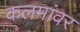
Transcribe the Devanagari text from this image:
कलमांवर